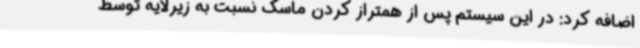
اضافه کرد: در این سیستم پس از همتراز کردن ماسک نسبت به زیرلایه توسط